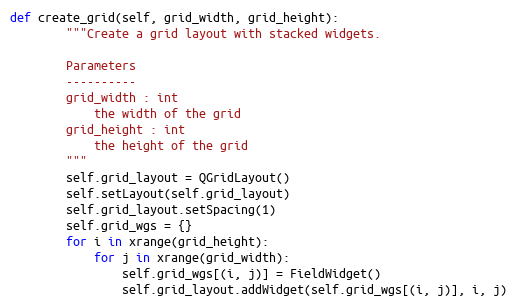
Language: Python
def create_grid(self, grid_width, grid_height):
        """Create a grid layout with stacked widgets.

        Parameters
        ----------
        grid_width : int
            the width of the grid
        grid_height : int
            the height of the grid
        """
        self.grid_layout = QGridLayout()
        self.setLayout(self.grid_layout)
        self.grid_layout.setSpacing(1)
        self.grid_wgs = {}
        for i in xrange(grid_height):
            for j in xrange(grid_width):
                self.grid_wgs[(i, j)] = FieldWidget()
                self.grid_layout.addWidget(self.grid_wgs[(i, j)], i, j)